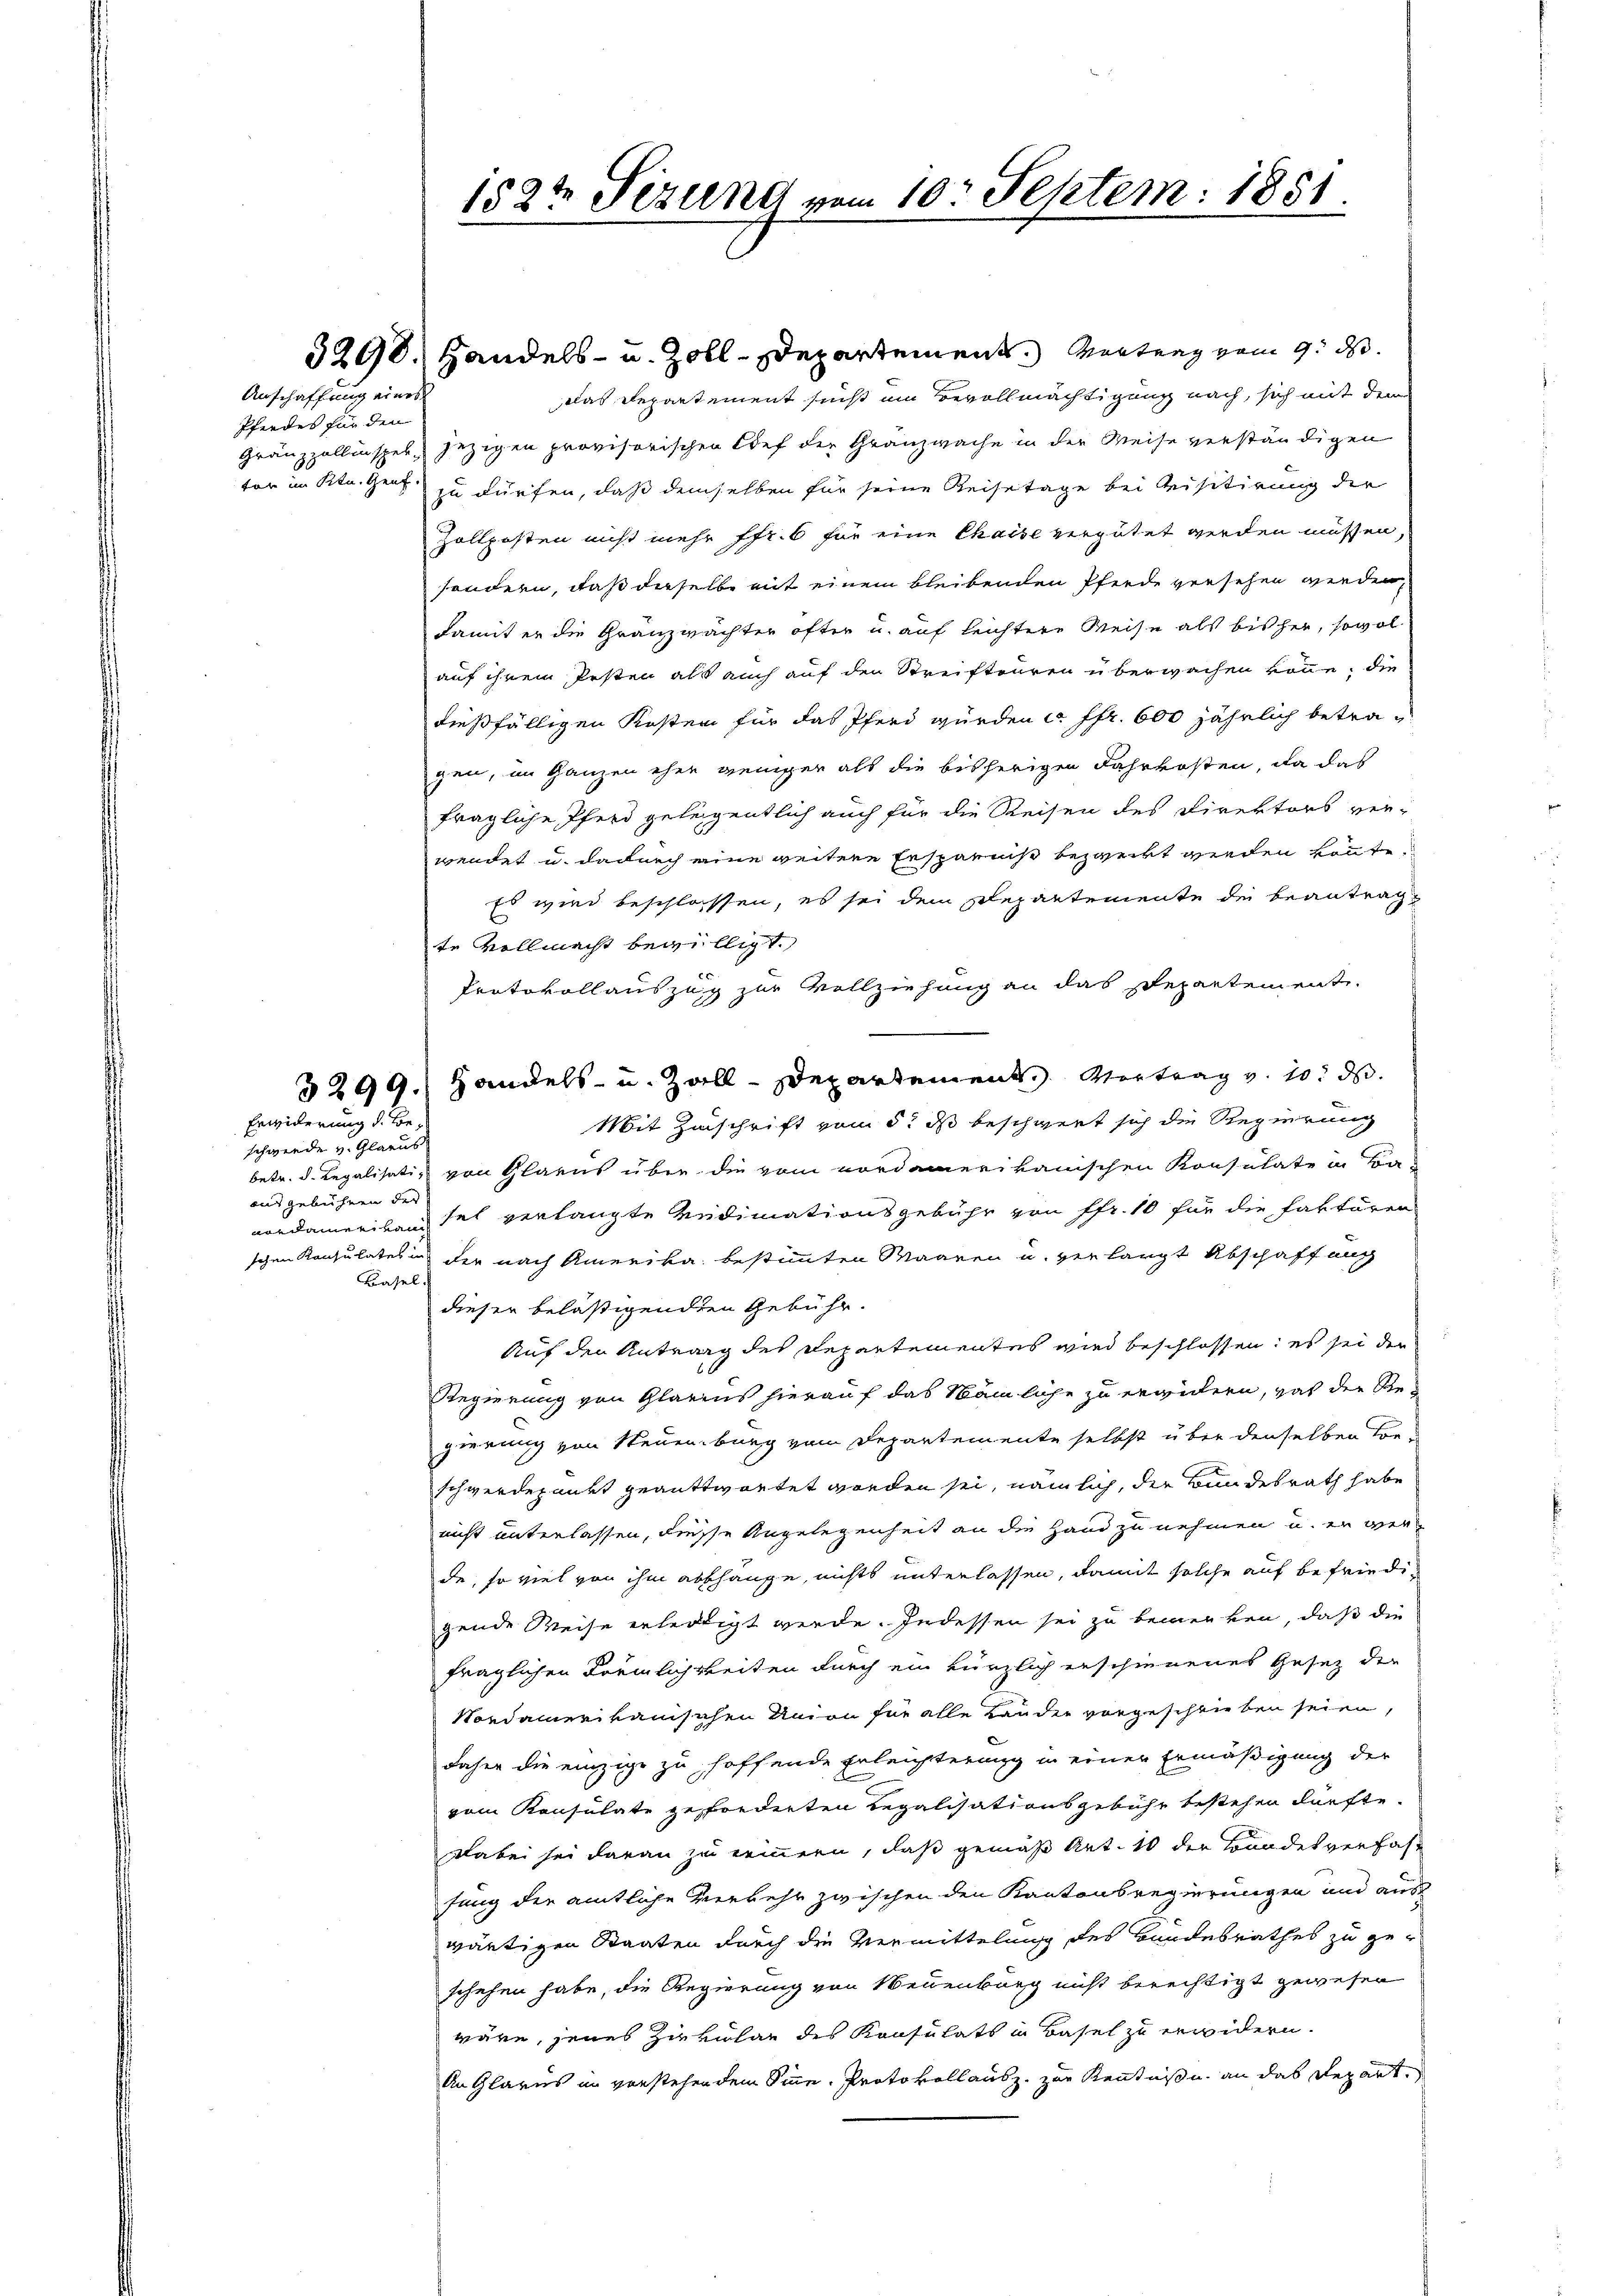
Anschaffung eines
Pferdes für den

Erwiderung d. Be¬

schwerde v. Glarus
aid gebühren der
Basel.

1524 Sizung vom 10. Septem: 1851

3290, Handels- u. Zoll-Departement. Wertung vom 9. ds.
Das Departement sucht um Bevollmächtigung nach, sich mit dem
Gränzzollinspel, jezigen provisorischen Dorf der Granzwache in der Weise verständigen
tor im Ktn. Genr dürfen, daß demselben für seine Reisetage bei Meisitirung der
Zollposten nicht mehr ffr. 6 für eine Chaise vergütet werden müssen,
sondern, daß derselbe mit einem bleibenden Pferde versehen werden,
damit er die Granzwächter öfter u. auf leichtere Weise als bisher, sowol
auf ihrem Posten als auch auf den Streiftouren überwachen könne; die
dießfälligen Kosten für das Pferd würden c. fr. 600 jährlich betragen, im Ganzen eher genügen als die bisherigen Fahrkosten, da das
fragliche Pferd geleigentlich auch für die Reisen des Direktors ver-
wendet u. dadurch eine weitere Ersparniß bezweckt werden könnte.
Es wird beschlosssen, es sei dem Departemente dei beantragte Vollmacht bewilligt.
Protokollauszug zur Vollziehung an das Departement.
3299.) Handels- u. Zoll-Departement. Vortrag v. 10. ds.
Mit Zuschrift vom 5t ds beschwert sich die Regierung
betr. d. Legalisati, von Glarus über die vom nordamerikanischen Konsulate in Ba-
nordamerikani hat verlangte Vidimationsgebühr von Pfr. 10 für die Faktoren
schen Konsulates in der nach Amerika bestimmten Waaren u. verlangt Abschaffung
dieser belästigenden Gebühr.
Auf den Antrag des Departementes wird beschlossen: es sei der
Regierung von Glarus hierauf das Nämliche zu ergütern, was der Regierung von Neuenburg vom Departemente selbst über denselben vor-
schwerdepunkt geantwortet worden sei, nämlich, die Bundesrath habe
nicht unterlassen, diesse Angelegenheit an die Hand zu nehmen u. er verde, so viel von ihm abschange, nichts unterlassen, damit solche auf befriedigende Weise erleidigt werde. Indessen sei zu bemerken, daß die
fraglichen Förmlichkeiten durch ein kürzlich erschienenes Gesetz der
Nordamerikanischen Union für alle Lander vorgeschrieben seien,
daher die einzige zu hoffende Erleichterung in einer Ermäßigung der
vom Konsulate geforderten Regalisationsgebühr bestehen dürfte.
dabei sei daran zu erinnern, daß gemäß Art. 10 der Bundesverfahfung der amtliche Verkehr zwischen den Kantonsregierungen und aus
wärtigen Staaten durch die Vermittelung des Bundesrathes zu geschehen habe, die Regierung von Neuenburg nicht berechtigt gewesen
wäre, jenes Zirkular des Konsulats in Basel zu erwidern.
An Glarus in vorstehendem Sinne. Protokollausz. zur Kenntniße an das Repart